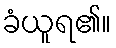
ခံယူရ၏။